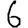
Digit: 6